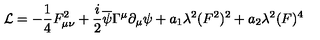
{ \cal L } = - { \frac { 1 } { 4 } } F _ { \mu \nu } ^ { 2 } + { \frac { i } { 2 } } \overline { { \psi } } \Gamma ^ { \mu } \partial _ { \mu } \psi + a _ { 1 } \lambda ^ { 2 } ( F ^ { 2 } ) ^ { 2 } + a _ { 2 } \lambda ^ { 2 } ( F ) ^ { 4 }